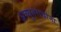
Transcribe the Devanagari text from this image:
अच्युतरावांना